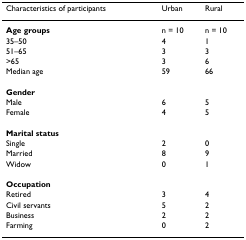
<table><thead><tr><td><b>Characteristics of participants</b></td><td><b>Urban</b></td><td><b>Rural</b></td></tr></thead><tbody><tr><td><b>Age groups</b></td><td>n = 10</td><td>n = 10</td></tr><tr><td>35–50</td><td>4</td><td>1</td></tr><tr><td>51–65</td><td>3</td><td>3</td></tr><tr><td>&gt;65</td><td>3</td><td>6</td></tr><tr><td>Median age</td><td>59</td><td>66</td></tr><tr><td><b>Gender</b></td><td></td><td></td></tr><tr><td>Male</td><td>6</td><td>5</td></tr><tr><td>Female</td><td>4</td><td>5</td></tr><tr><td><b>Marital status</b></td><td></td><td></td></tr><tr><td>Single</td><td>2</td><td>0</td></tr><tr><td>Married</td><td>8</td><td>9</td></tr><tr><td>Widow</td><td>0</td><td>1</td></tr><tr><td><b>Occupation</b></td><td></td><td></td></tr><tr><td>Retired</td><td>3</td><td>4</td></tr><tr><td>Civil servants</td><td>5</td><td>2</td></tr><tr><td>Business</td><td>2</td><td>2</td></tr><tr><td>Farming</td><td>0</td><td>2</td></tr></tbody></table>